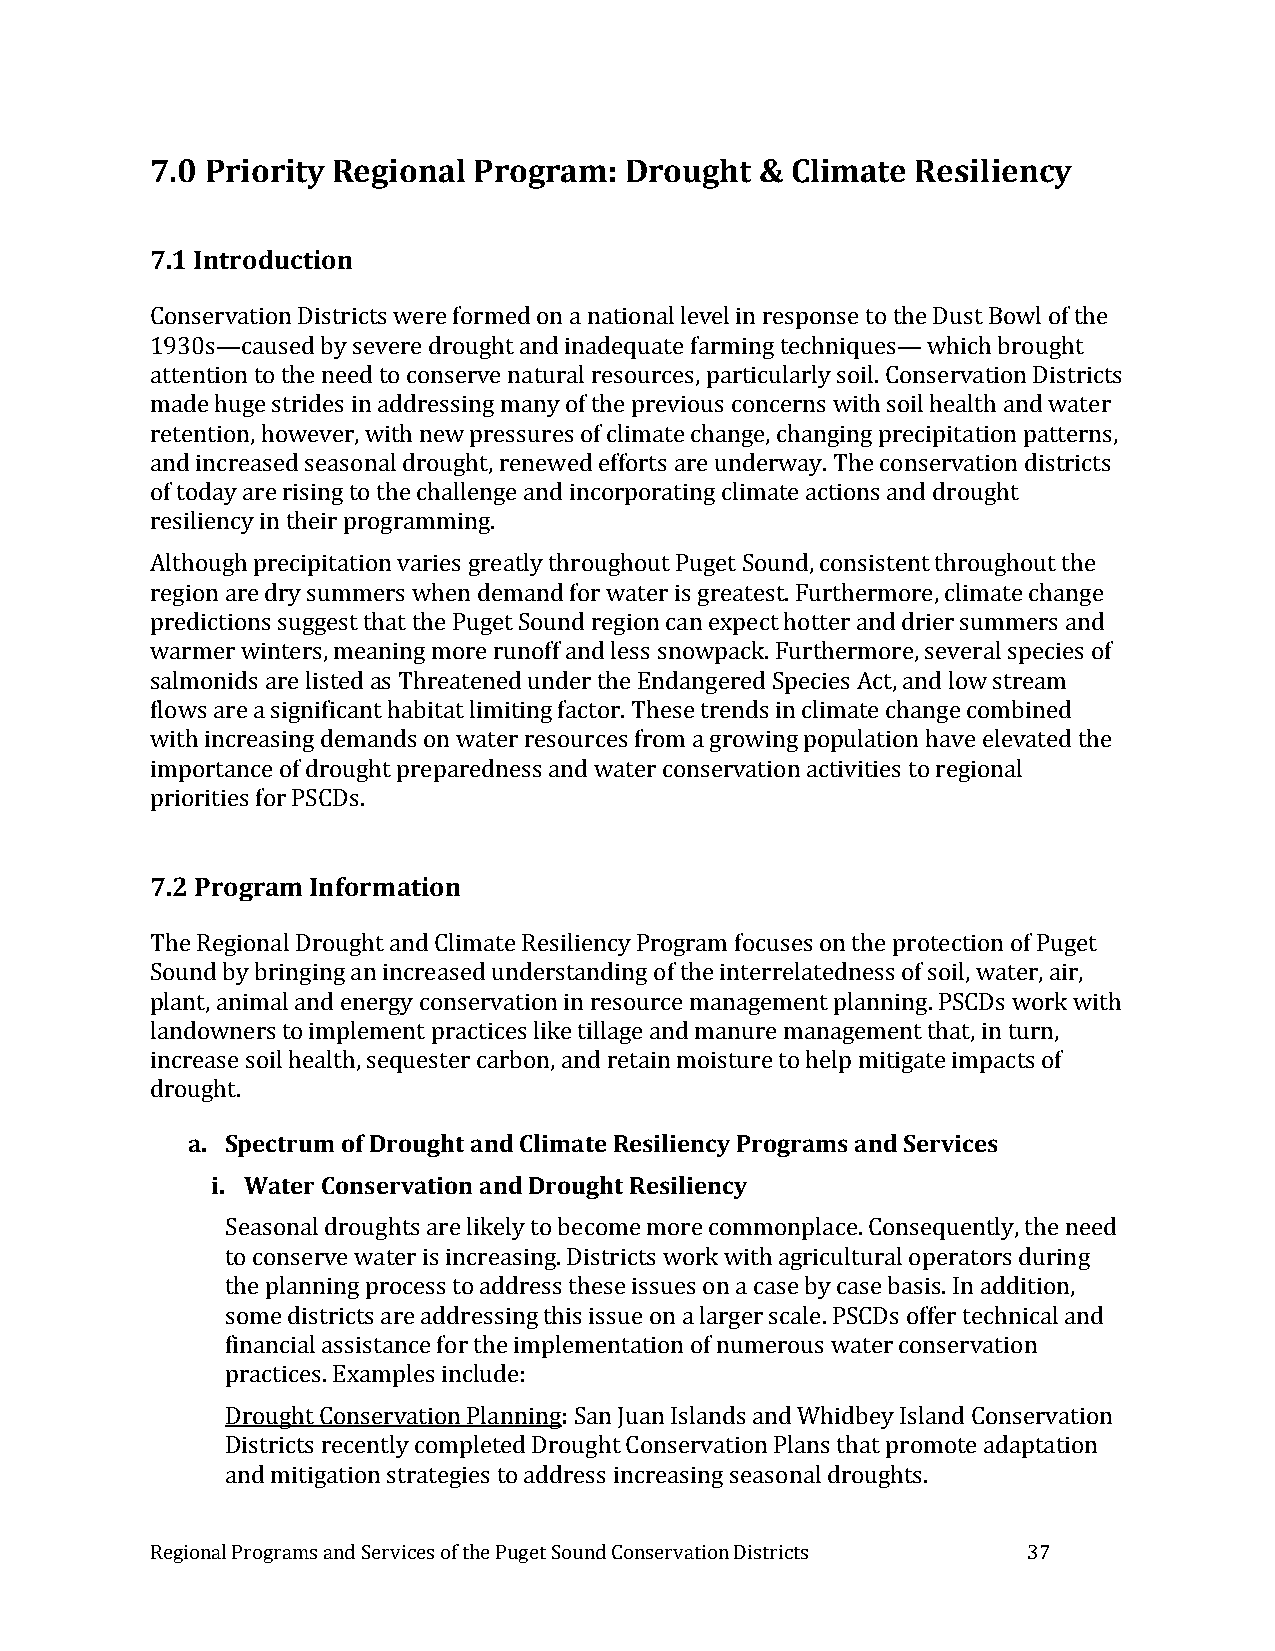
7.0 Priority Regional Program: Drought  & Climate  Resiliency
 7.1 Introduction
 Conservation Districts were formed on a national level in response to the Dust Bowl of the
 1930s—caused by severe drought and inadequate farming techniques— which brought
 attention to the need to conserve natural resources, particularly soil. Conservation Districts
 made huge strides in addressing many of the previous concerns with soil health and water
 retention, however, with new pressures of climate change, changing precipitation patterns,
 and increased seasonal drought, renewed efforts are underway. The conservation districts
 of today are rising to the challenge and incorporating climate actions and drought
 resiliency in their programming.
 Although precipitation varies greatly throughout Puget Sound, consistent throughout the
 region are dry summers when demand for water is greatest. Furthermore, climate change
 predictions suggest that the Puget Sound region can expect hotter and drier summers and
 warmer winters, meaning more runoff and less snowpack. Furthermore, several species of
 salmonids are listed as Threatened under the Endangered Species Act, and low stream
 flows are a significant habitat limiting factor. These trends in climate change combined
 with increasing demands on water resources from a growing population have elevated the
 importance of drought preparedness and water conservation activities to regional
 priorities for PSCDs.
 7.2 Program Information
 The Regional Drought and Climate Resiliency Program focuses on the protection of Puget
 Sound by bringing an increased understanding of the interrelatedness of soil, water, air,
 plant, animal and energy conservation in resource management planning. PSCDs work with
 landowners to implement practices like tillage and manure management that, in turn,
 increase soil health, sequester carbon, and retain moisture to help mitigate impacts of
 drought.
 a. Spectrum of Drought and Climate Resiliency Programs and Services
 i. Water Conservation and Drought Resiliency
 Seasonal droughts are likely to become more commonplace. Consequently, the need
 to conserve water is increasing. Districts work with agricultural operators during
 the planning process to address these issues on a case by case basis. In addition,
 some districts are addressing this issue on a larger scale. PSCDs offer technical and
 financial assistance for the implementation of numerous water conservation
 practices. Examples include:
 Drought Conservation Planning: San Juan Islands and Whidbey Island Conservation
 Districts recently completed Drought Conservation Plans that promote adaptation
 and mitigation strategies to address increasing seasonal droughts.
 Regional Programs and Services of the Puget Sound Conservation Districts 37